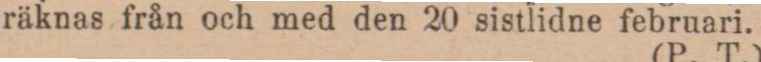
räknas från och med den 20 sistlidne februari.